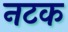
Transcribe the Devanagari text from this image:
नटक